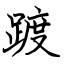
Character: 踱